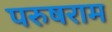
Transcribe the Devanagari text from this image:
परुषराम